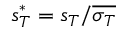
s _ { T } ^ { * } = s _ { T } / \overline { { \sigma _ { T } } }